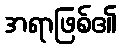
အရာဖြစ်၏